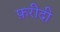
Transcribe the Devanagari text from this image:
फ़रीदी